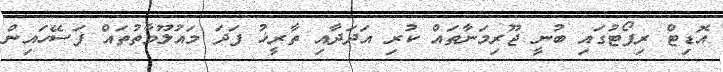
އޮޑިޓް ރިޕޯޓުގައި ބުނީ ޖޫރިމަނާތައް ކުރި އަދަދާއި ތާރީޚު ފަދަ މައުލޫމާތުތައް ފަސޭހައިން